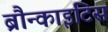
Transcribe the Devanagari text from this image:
ब्रौन्काइटिस